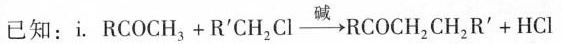
已知：i.\mathrm{RCOCH}_{3}+\mathrm{R}^{\prime} \mathrm{CH}_{2} \mathrm{Cl} \stackrel{\text { 碱 }}{\longrightarrow} \mathrm{RCOCH}_{2} \mathrm{CH}_{2} \mathrm{R}^{\prime}+\mathrm{HCl}